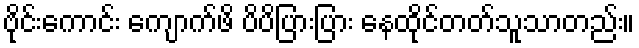
ဗိုင်းကောင်း ကျောက်ဖိ ပိပိပြားပြား နေထိုင်တတ်သူသာတည်း။